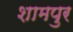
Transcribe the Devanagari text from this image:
शामपुर